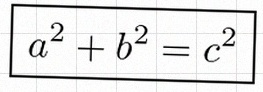
a^2+b^2=c^2